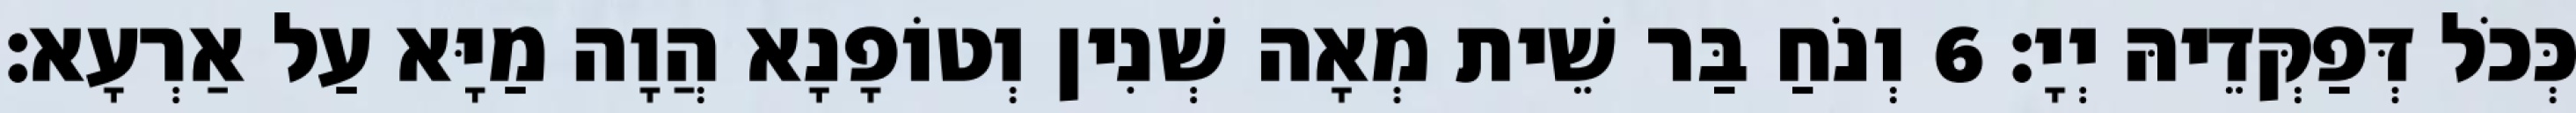
כְּכֹל דְּפַקְּדֵיהּ יְיָ׃ 6 וְנֹחַ בַּר שֵׁית מְאָה שְׁנִין וְטוֹפָנָא הֲוָה מַיָּא עַל אַרְעָא׃